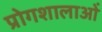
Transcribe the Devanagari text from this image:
प्रोगशालाओं